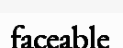
faceable